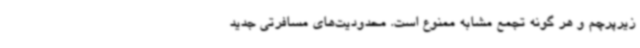
زیرپرچم و هر گونه تجمع مشابه ممنوع است. محدودیت‌های مسافرتی جدید